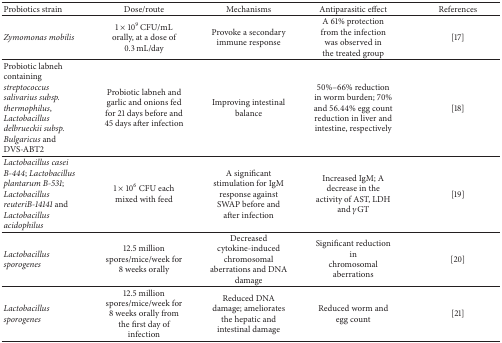
| Probiotics strain | Dose/route | Mechanisms | Antiparasitic effect | References |
 | --- | --- | --- | --- | --- |
 | Zymomonas mobilis | 1 × 109 CFU/mL orally, at a dose of 0.3 mL/day | Provoke a secondaryimmune response | A 61% protection from the infection was observed inthe treated group | [17] |
 | Probiotic labneh containing streptococcus salivarius subsp. thermophilus, Lactobacillus delbrueckii subsp. Bulgaricus and DVS-ABT2 | Probiotic labneh and garlic and onions fed for 21 days before and 45 days after infection | Improving intestinal balance | 50%–66% reduction in worm burden; 70% and 56.44% egg count reduction in liver and intestine, respectively | [18] |
 | Lactobacillus casei B-444; Lactobacillus plantarum B-531; Lactobacillus reuteriB-14141 and Lactobacillus acidophilus | 1 × 106 CFU each mixed with feed | A significant stimulation for IgM response against SWAP before andafter infection | Increased IgM; A decrease in the activity of AST, LDH and γGT | [19] |
 | Lactobacillus sporogenes | 12.5 millionspores/mice/week for 8 weeks orally | Decreased cytokine-induced chromosomal aberrations and DNA damage | Significant reduction inchromosomal aberrations | [20] |
 | Lactobacillus sporogenes | 12.5 million spores/mice/week for 8 weeks orally from the first day of infection | Reduced DNA damage; ameliorates the hepatic and intestinal damage | Reduced worm and egg count | [21] |